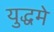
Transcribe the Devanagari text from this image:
युद्धमे